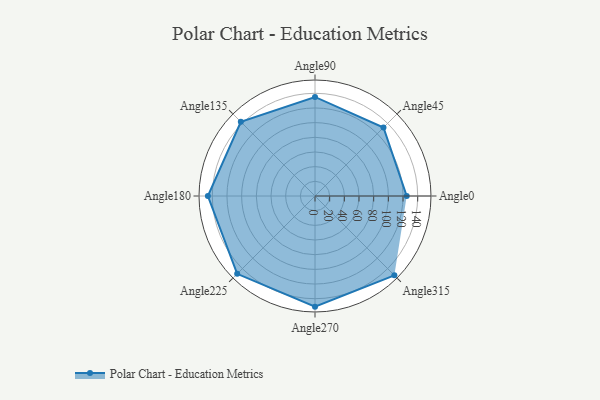
{"axis": {"x": "Angle", "y": "Radius"}, "legend": [""], "data": [{"x": "Angle0", "y": 125.0, "type": ""}, {"x": "Angle45", "y": 132.0, "type": ""}, {"x": "Angle90", "y": 135.0, "type": ""}, {"x": "Angle135", "y": 143.0, "type": ""}, {"x": "Angle180", "y": 146.0, "type": ""}, {"x": "Angle225", "y": 150.0, "type": ""}, {"x": "Angle270", "y": 151.0, "type": ""}, {"x": "Angle315", "y": 153.0, "type": ""}]}